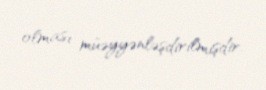
olması müəyyənləşdirilmişdir.